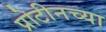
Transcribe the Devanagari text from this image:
प्रोटीनच्या